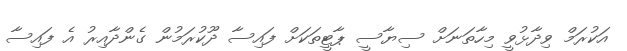
އަކުރަމް ވިދާޅުވީ މިހާތަނަށް ސިޔާސީ ޕާޓީތަކަށް ފައިސާ ދޫކުރަމުން ގެންދާއިރު އެ ފައިސާ